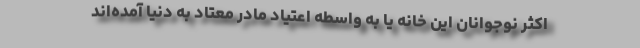
اکثر نوجوانان این خانه یا به واسطه اعتیاد مادر معتاد به دنیا آمده‌اند